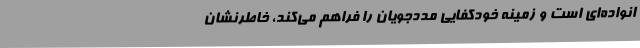
انواده‌ای است و زمینه خودکفایی مددجویان را فراهم می‌کند، خاطرنشان